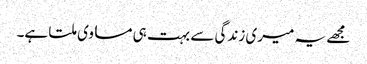
مجھے یہ میری زندگی سے بہت ہی مساوی ملتا ہے۔